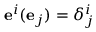
\mathbf { e } ^ { i } ( \mathbf { e } _ { j } ) = \delta _ { j } ^ { i }